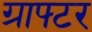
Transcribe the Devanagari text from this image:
ग्राफ्टर